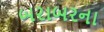
બરાબરના